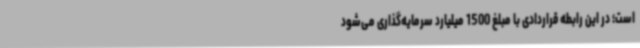
است؛ در این رابطه قراردادی با مبلغ 1500 میلیارد سرمایه‌گذاری می‌شود